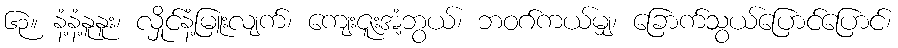
၆၃။ နံ့နံ့နူနူး၊ လှိုင်နံ့မြူးလျက်၊ ကျေးဇူးအံ့ဘွယ်၊ ဘဝဂ်ကယ်မျှ၊ ခြောက်သွယ်ပြောင်ပြောင်၊